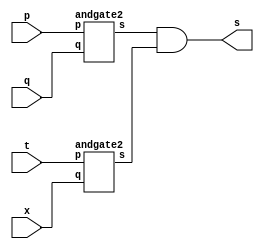
// -------------------------
// Exercicio09 - AND
// Nome: Jenifer Henrique Moreira Borges
// -------------------------

// -------------------------
// -- and gate
// -------------------------
module andgate4 ( output s, input  p, input  q, input t, input x);
 wire y, z;
 andgate2 AND1 (y, p, q);
 andgate2 AND2 (z, t, x);
 assign s = (y & z);

endmodule // andgate

module andgate2 (output s, input p, input q);
  assign s = ( p & q );
endmodule
 
// --------------------- 
// -- test and gate
// --------------------- 
module testandgate; 
// ------------------------- dados locais 
   reg   a, b, c, d; // definir registradores
   wire  s;    // definir conexao (fio) 
// ------------------------- instancia 
   andgate4 AND3 (s, a, b, c, d);
// ------------------------- preparacao 
   initial begin:start 
                   // atribuicao simultanea 
                   // dos valores iniciais 
      a=0; b=0; c=0; d=0;
   end 
  
// ------------------------- parte principal

   initial begin 
      $display("Exercicio09 - Jenifer Henrique - 427420");
      $display("Test AND gate");
      $display("\na & b & c & d = s\n");
		$monitor("%b & %b & %b & %b = %b", a, b, c, d, s);
      a = 0; b=0; c=0; d=0;
  #1  a = 0; b=0; c=0; d=1;
  #1  a = 0; b=0; c=1; d=0;
  #1  a = 0; b=0; c=1; d=1;
  #1  a = 0; b=1; c=0; d=0;
  #1  a = 0; b=1; c=0; d=1;
  #1  a = 0; b=1; c=1; d=0;
  #1  a = 0; b=1; c=1; d=1;
  #1  a = 1; b=0; c=0; d=0;
  #1  a = 1; b=0; c=0; d=1;
  #1  a = 1; b=0; c=1; d=0;
  #1  a = 1; b=0; c=1; d=1;
  #1  a = 1; b=1; c=0; d=0;
  #1  a = 1; b=1; c=0; d=1;
  #1  a = 1; b=1; c=1; d=0;
  #1  a = 1; b=1; c=1; d=1;



 end

endmodule // testandgate